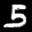
Label: 5